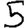
Digit: 5